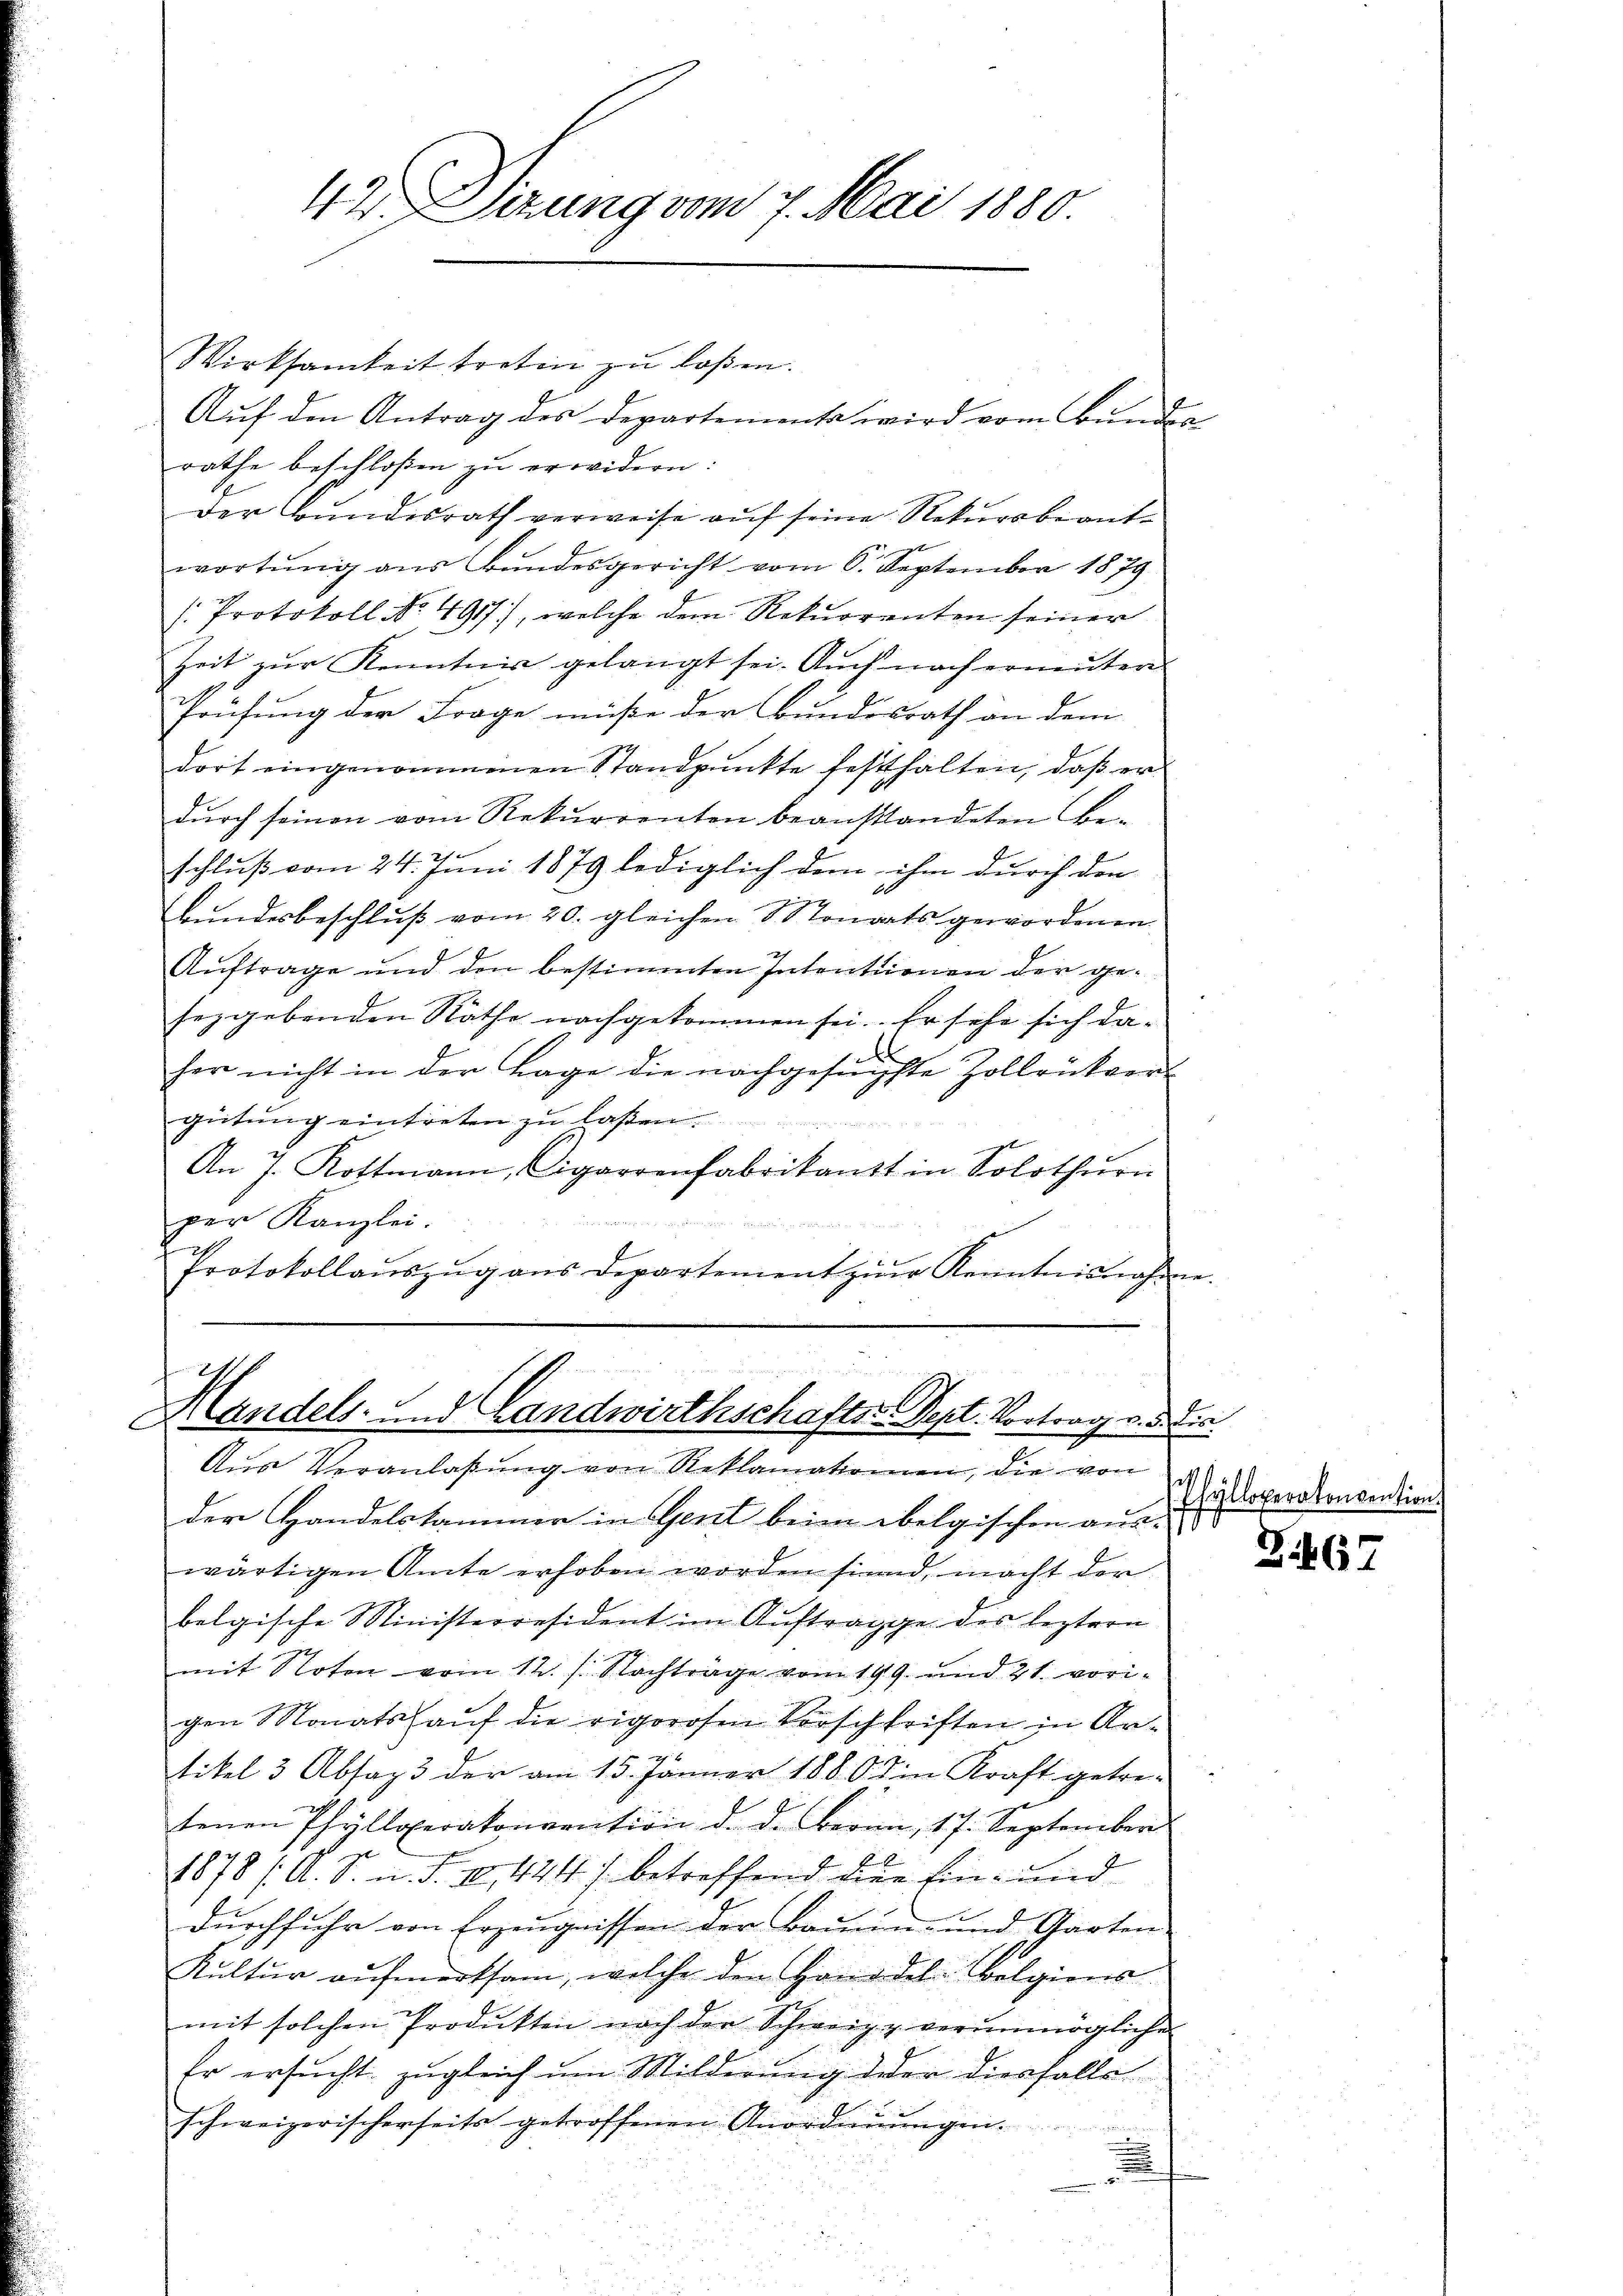
42 Vierung vom 7. Mai 1880

Wirksamkeit treten zu laßen.
Aŭf den Antrag des Departementa wird vom Bunden
rathe beschloßen zu erwidern:
der Bundesrath verweise auf seine Rekursbeantwortŭng ans Bŭndesgericht vom 6. September 1879
/Protokoll No 4917), welche dem Rekurrenten seiner
Zeit zur Kenntnis gelangt sei. Auch nach erneutere
Tonsung der Frage müße der Bundesrath an dem
dort eingenommenen Standpunkte festhalten, daß er
durch seinen vom Rekurrenten beanstandeten Beschluß vom 24. Juni 1879 lediglich dem ihm durch den
Bundesbeschluß vom 20. gleichen Monats gewordenen
Auftrage und den bestimmten Intentionen der gesezgebenden Räthe nachgekommen sei. Er sehe sich daher nicht in der Lage die nachgesuchte Zollrükvergütung eintreten zu laßen.
An 7. Rottmann, Cigarrenfabrikantt in Solothurn
per Kanzlei.
Protokollaŭszŭg ans Departement zur Kenntnisnahen

I
.
Mandels- und Landwirthschafts-Depl. Vortrag v. 5.
Aŭs Veranlaβŭng von Reklamationen, die von

der Handelskammer in Gent beim belgischen aus-
wärtigen Amte erhoben worden sind, macht der
belgische Ministerresident im Auftragge des leztern
mit Noten vom 12. s. Nachtrage vom 199. und 21. vorigen Monatsauf die rigorosen Vorschriften in An-
tikel 3 Absag3 der am 15. Jänner 1880 in Kraft getre-
tenen Phylloperakonvention d. d. Bern, 17. September
.
1878 /: A. S. n. F. II., 441) betreffend die Ein- und
durchfuhr von Erzeugnissen der Bauen- und Garten
Kultur aufmerksam, welche den Handel Belgiens
mit solchen Produkten nach der Schweiz & verŭnmögliche
Er ersŭcht zŭgleich um Milderung deder diesfalls
schweizerischerseits getroffenen Anordnŭngen.
.

Feri
Esyllovero konvention

Zi67